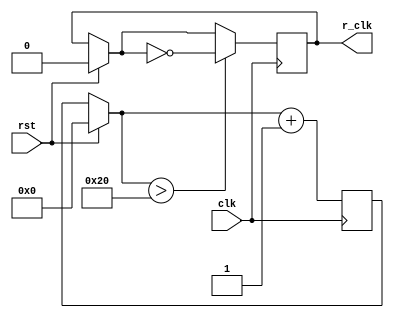
//rclck_frequancy=clk_frequancy/2^(N+1);

module Clock_Divider   #(parameter N=5) (clk,rst,r_clk);
    input clk;
    input rst;
output  r_clk;
reg rclk;

reg [N:0]count; 

always @(posedge clk ) begin
    if (rst == 1'b1) begin
        count = 0;
        rclk = 0;
    end
    if ( count>{1'b1,{(N){1'b0}}  }   )begin
        rclk = ~rclk;
    end
    count = count + 1;
end
assign r_clk=rclk;
endmodule